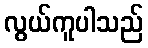
လွယ်ကူပါသည်